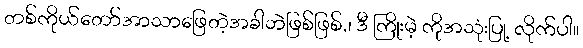
တစ်ကိုယ်တော်အာသာဖြေတဲ့အခါဘဲဖြစ်ဖြစ်,၊ ဒီ ကြိုးမဲ့ ကိုအသုံးပြု့ လိုက်ပါ။